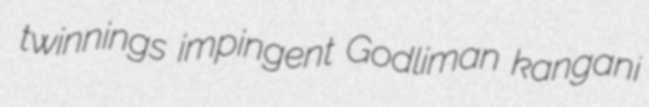
twinnings impingent Godliman kangani